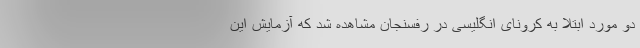
دو مورد ابتلا به کرونای انگلیسی در رفسنجان مشاهده شد که آزمایش این